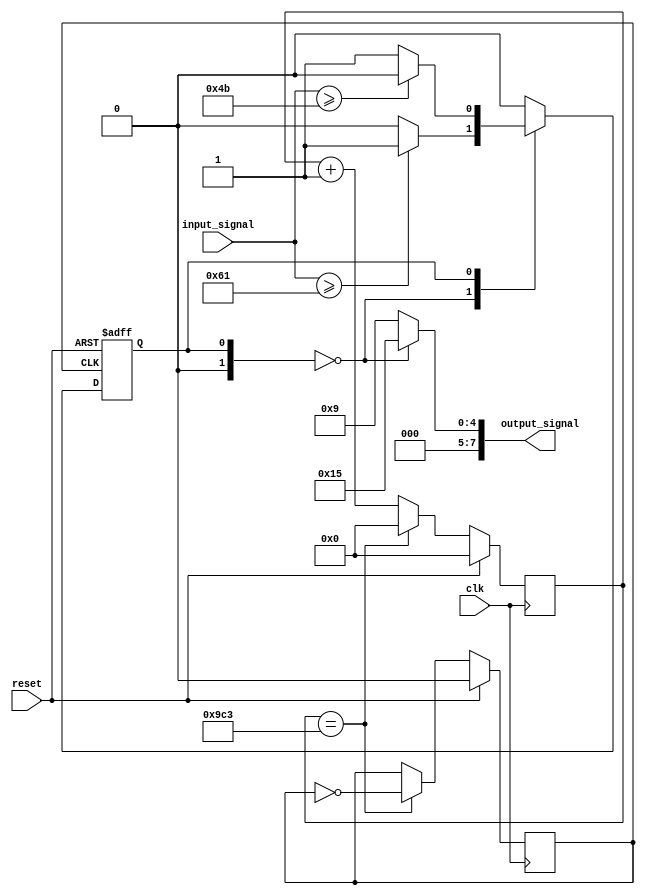

`define Goodstate 2'b00
`define Badstate 2'b01

module StateMachine_10kHz (
  input wire clk,
  input wire reset,
  input wire [6:0] input_signal,
  output reg [7:0] output_signal
);

  reg clk_10k;
  reg [13:0] count;
  localparam  DIVIDE_BY = 2500;

  always @(posedge clk) begin
    if (reset) begin
        count <= 0; 
        clk_10k <= 0;
    end
    else if(count == DIVIDE_BY - 1) begin
	// If we've counted up to 2500, reset the counter and toggle the 10 kHz clock
	count <= 0;
	clk_10k <= ~clk_10k;
    end else begin
    	// Otherwise, just increment the counter
	count <= count + 14'b1;
    end
  end

  // Define the state register and initialize it to Goodstate
  reg [1:0] currentState;
  reg [1:0] nextState;
  initial currentState = `Goodstate;

  // Define the output values for each state
  always @ (*)
    case (currentState)
      `Goodstate: output_signal = 8'd21; // Output value for Goodstate is 21
      `Badstate: output_signal = 8'd9; // Output value for goodstate is 9
      default: output_signal = 8'd9;
    endcase

  // Define the next state logic
  always @ (*)
    case (currentState)
      `Goodstate:
        // Transition based on inputSignal
        if (input_signal >= 7'd97) begin
          nextState = `Badstate;
        end 
        else begin
          nextState = `Goodstate;
        end

      `Badstate:
        // Transition based on inputSignal
        if (input_signal >= 7'd75) begin
          nextState = `Goodstate;
        end
        else begin
          nextState = `Badstate;
        end

      default: 
        nextState = `Goodstate;
    endcase

  always @ (posedge clk_10k or posedge reset)
    if (reset)
      currentState <= `Goodstate; // Reset the state to Goodstate
    else begin
      currentState <= nextState; 
    end

endmodule